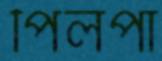
পিলপা